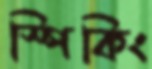
স্পিকিং